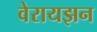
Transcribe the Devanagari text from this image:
वेरायझन